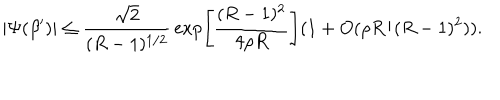
| \Psi ( \beta ^ { \prime } ) | \leq { \frac { \sqrt { 2 } } { ( R - 1 ) ^ { 1 / 2 } } } \exp \left[ { \frac { ( R - 1 ) ^ { 2 } } { 4 \rho R } } \right] ( 1 + O ( \rho R / ( R - 1 ) ^ { 2 } ) ) .